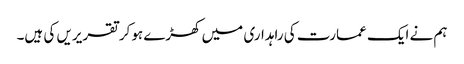
ہم نے ایک عمارت کی راہداری میں کھڑے ہوکر تقریریں کی ہیں۔